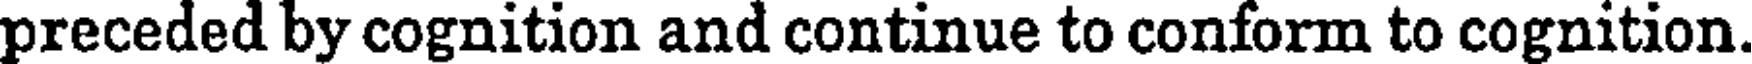
preceded by cognition and continue to conform to cognition.